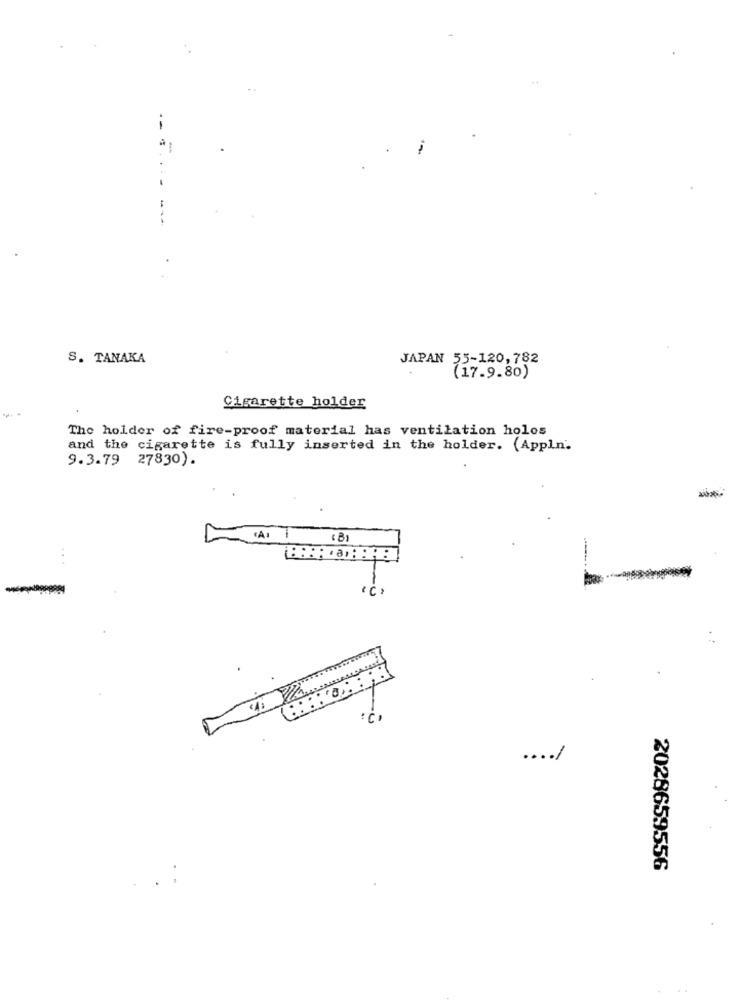
.-
S. TANAKA
JAPAN 55-120,782
(17.9.80)
Cigarette holder
The holder of fire-proof material has ventilation holos
and the cigarette is fully inserted in the holder. (Appln.
9.3.79 27830).
(B)
...
-
.... /
2028659556